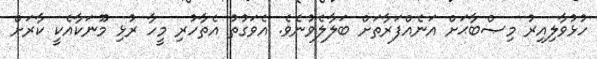
ހުޅުވާލިއިރު މިޞްބާޙަށް އަނެއްފަރާތަށް ބަލާލެވުނެވެ. އެވަގުތު އެތާހުރި މީހާ ރުޅި މޫނަކާއެކީ ކާރަށް